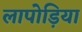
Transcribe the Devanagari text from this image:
लापोड़िया